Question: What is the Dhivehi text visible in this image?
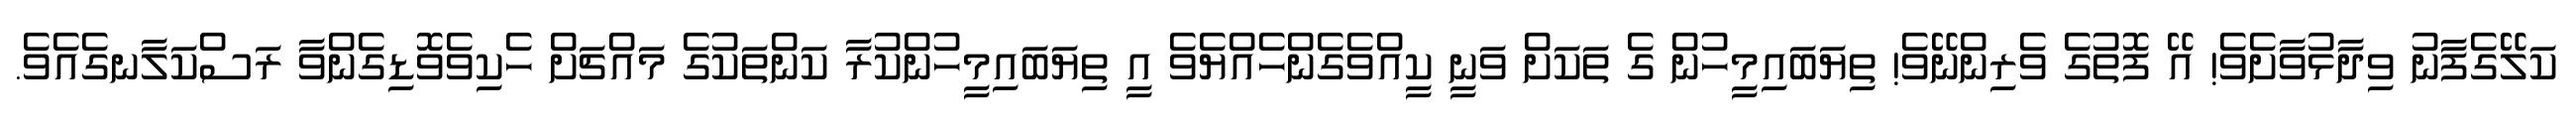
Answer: ކަލޭގެފާނު ވިދާޅުވާށެވެ! އޭ ފޮތުގެ ވެރިންނޭވެ! ތިޔަބައިމީހުން ގެ ތަކަށް ވަނީ ކީއްވެގެންހެއްޔެވެ އީ ތިޔަބައިމީހުންކުރާ ކަންތަކުގެ މައްޗަށް ހެކިވެވޮޑިގެންވާ ރަސްކަލާނގެއެވެ.